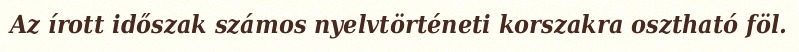
Az írott időszak számos nyelvtörténeti korszakra osztható föl.